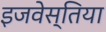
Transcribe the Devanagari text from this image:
इजवेस्तिया